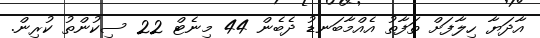
އާދަޔާ ހިލާފަށް ތަފާތު އެއްމާބަނޑު ދެބެން 44 މިނެޓް 22 ސިކުންތު ކުރިން.